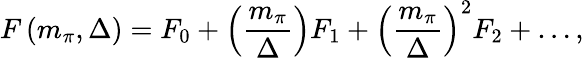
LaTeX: F\left(m_{\pi},\Delta\right)=F_{0}+\left({\frac{m_{\pi}}{\Delta}}\right)F_{1}+\left({\frac{m_{\pi}}{\Delta}}\right)^{2}F_{2}+\ldots,